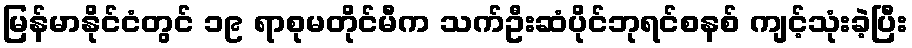
မြန်မာနိုင်ငံတွင် ၁၉ ရာစုမတိုင်မီက သက်ဦးဆံပိုင်ဘုရင်စနစ် ကျင့်သုံးခဲ့ပြီး